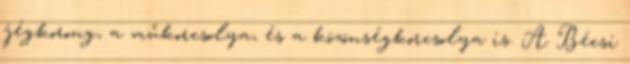
jégkorong, a műkorcsolya, és a közönségkorcsolya is. A Bécsi